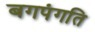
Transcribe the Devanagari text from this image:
बगपंगति